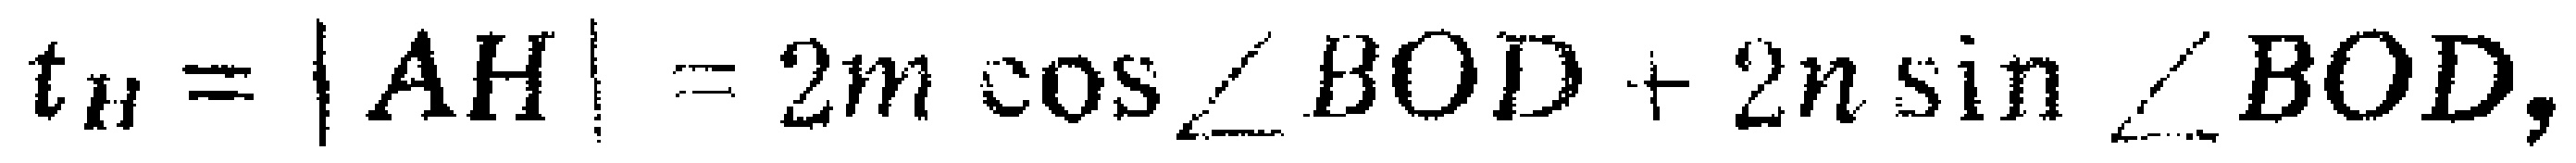
\[t_{H}=|AH| = 2m\cos\angle BOD + 2n\sin\angle BOD,\]